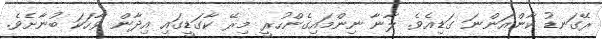
ރޭގަނޑު ކާންއަންނަ ގަޑިއެވެ. ލާނާ ނިންމައިގެންހުރީ މިރޭ ކާގަޑީގައި އިދާން ވާހަކަ ބުނާށެވެ.